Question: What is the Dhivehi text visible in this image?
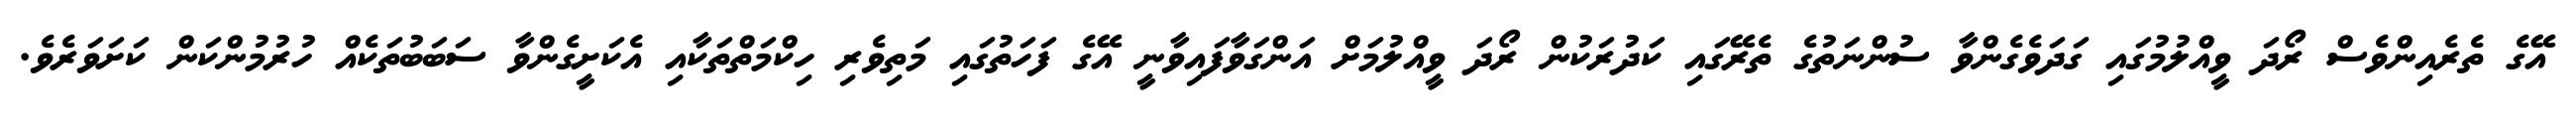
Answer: އޭގެ ތެރެއިންވެސް ރޯދަ ވީއްލުމުގައި ގަދަވެގެންވާ ސުންނަތުގެ ތެރޭގައި ކަދުރަކުން ރޯދަ ވީއްލުމަށް އަންގަވާފައިވާނީ އޭގެ ފަހަތުގައި މަތިވެރި ހިކްމަތްތަކާއި އެކަށީގެންވާ ސަބަބުތަކެއް ހުރުމުންކަން ކަށަވަރެވެ.